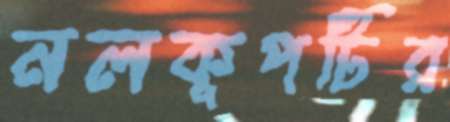
নলকূপটির